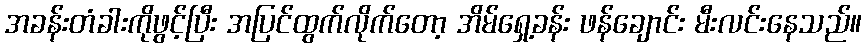
အခန်းတံခါးကိုဖွင့်ပြီး အပြင်ထွက်လိုက်တော့ အိမ်ရှေ့ခန်း ဖန်ချောင်း မီးလင်းနေသည်။